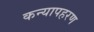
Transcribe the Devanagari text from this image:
कन्यापहरण